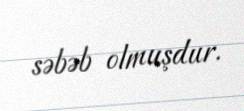
səbəb olmuşdur.